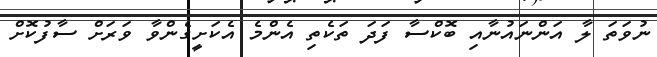
ނުވަތަ ލާ އަންނައުނާއި ބޮކްސާ ފަދަ ތަކެތި އެންމެ އެކަށީގެންވާ ވަރަށް ސާފުކޮށް